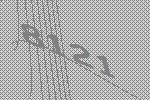
8121